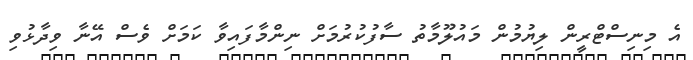
އެ މިނިސްޓްރީން ލިޔުމުން މައުލޫމާތު ސާފުކުރުމަށް ނިންމާފައިވާ ކަމަށް ވެސް އޭނާ ވިދާޅުވި